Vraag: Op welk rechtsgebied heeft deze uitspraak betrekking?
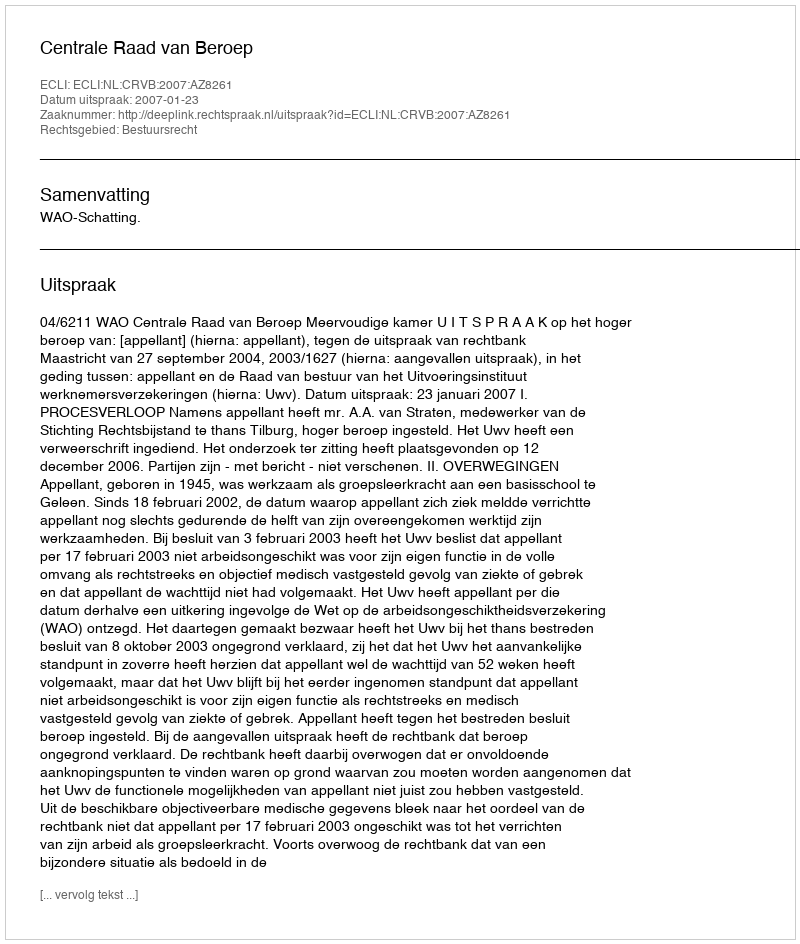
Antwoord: Bestuursrecht